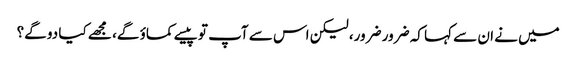
میں نے ان سے کہا کہ ضرور ضرور، لیکن اس سے آپ تو پیسے کماؤ گے، مجھے کیا دو گے؟